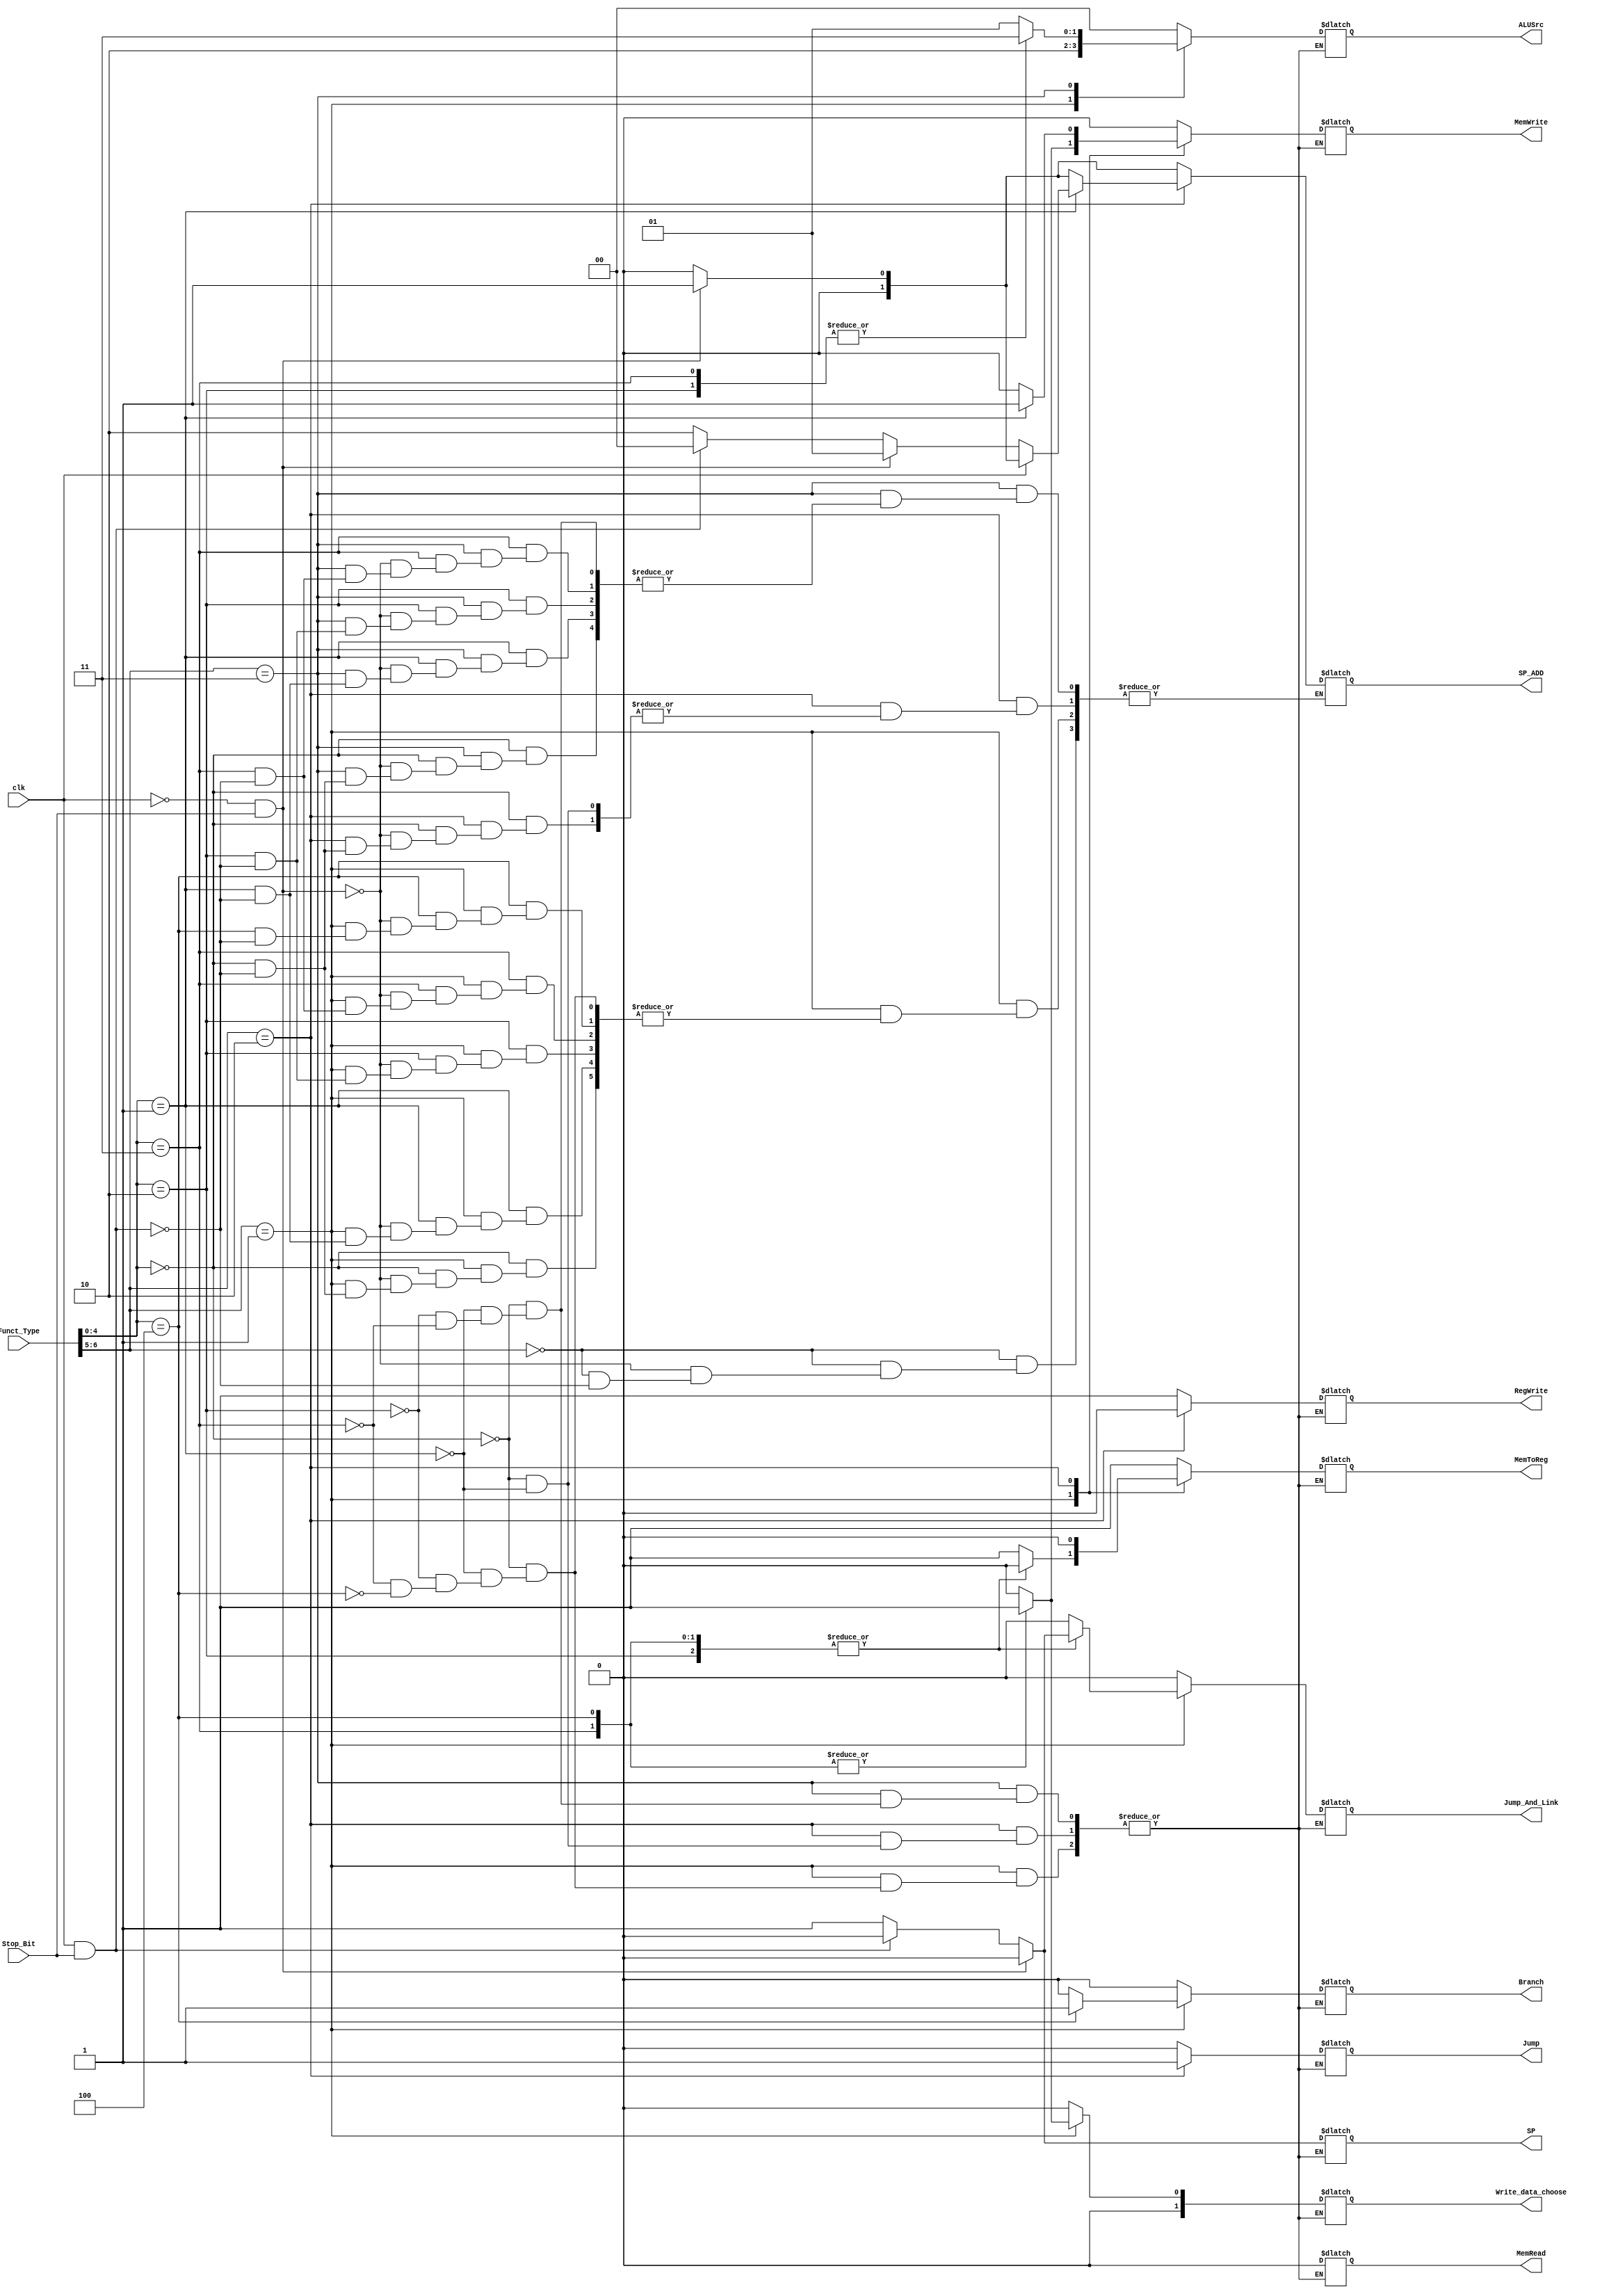
module Control_Unit_Top(clk,Stop_Bit,Funct_Type,Jump,Branch,MemRead,MemToReg,MemWrite,ALUSrc,RegWrite,Jump_And_Link,Write_data_choose,SP,SP_ADD);
    input clk;
    input Stop_Bit;
    input [6:0]Funct_Type;

    output Jump,Branch,MemRead,MemToReg,MemWrite,RegWrite,Jump_And_Link,SP;
    output [1:0]ALUSrc,SP_ADD,Write_data_choose;
    
	reg Jump,Branch,MemRead,MemToReg,MemWrite,RegWrite,Jump_And_Link,SP;	 
	reg [1:0]ALUSrc,SP_ADD,Write_data_choose;
	
	// Test
	reg controlSignals;

    wire [4:0] last_five_bits;
  	wire [1:0] instructionType;
	// Determine the instruction type based on opcode
	assign instructionType = Funct_Type[6:5];
	assign last_five_bits = Funct_Type[4:0];


  always @(*) begin
    case (instructionType)
      // R-Type Instructions
      2'b00: begin
        Jump = 1'b0;
        Branch = 1'b0;
        MemRead = 1'b0; // Don't care
        MemToReg = 1'b1;
        MemWrite = 1'b0; // Don't care
        ALUSrc = 2'b00;
        RegWrite = 1'b1;
        Jump_And_Link = 1'b0; // Don't care
        Write_data_choose = 2'b00; // Don't care
        SP = 1'b1;
        
		if ( clk && Stop_Bit==1) begin 
			Jump_And_Link = 1'b0;
			SP = 1'b0;
			SP_ADD = 2'b00; 
		end	
		if ( ~(clk) && Stop_Bit==1) begin 
			Jump_And_Link = 1'b0;
			SP = 1'b0;
			SP_ADD = 2'b01; 
		end
        
 	  
      end
      // J-Type Instructions
      2'b01: begin
        case (last_five_bits) 
			// ANDI  -> AND
	          5'b00000: begin 
	            Jump = 1'b0;
	            Branch = 1'b0;
	            MemRead = 1'b0; // Don't care
	            MemToReg = 1'b1; 
	            MemWrite = 1'b0; // Don't care
	            ALUSrc = 2'b10;
	            RegWrite = 1'b1;
	            Jump_And_Link = 1'b0; // Don't care
	            Write_data_choose = 2'b00; // Don't care
	            SP = 1'b1; // default till we have Stop_Bit	
				
				if ( clk && Stop_Bit==1) begin 
					Jump_And_Link = 1'b0;
					SP = 1'b0;
					SP_ADD = 2'b00; 
				end	
				if ( ~(clk) && Stop_Bit==1) begin 
					Jump_And_Link = 1'b0;
					SP = 1'b0;
					SP_ADD = 2'b01; 
				end
			  end	  
		  	// ADDI  -> ADD
	          5'b00001: begin 
			  	Jump = 1'b0;
	            Branch = 1'b0;
	            MemRead = 1'b0; // Don't care
	            MemToReg = 1'b1; 
	            MemWrite = 1'b0; // Don't care
	            ALUSrc = 2'b10;
	            RegWrite = 1'b1;
	            Jump_And_Link = 1'b0; // Don't care
	            Write_data_choose = 2'b00; // Don't care
	            SP = 1'b1; // default till we have Stop_Bit	 
				if ( clk && Stop_Bit==1) begin 
					Jump_And_Link = 1'b0;
					SP = 1'b0;
					SP_ADD = 2'b00; 
				end	
				if ( ~(clk) && Stop_Bit==1) begin 
					Jump_And_Link = 1'b0;
					SP = 1'b0;
					SP_ADD = 2'b01; 
				end
			  end
	          
			  
	          // LW    -> ADD
	          5'b00010: begin 
			  	Jump = 1'b0;
	            Branch = 1'b0;
	            MemRead = 1'b0; // Don't care
	            MemToReg = 1'b0; 
	            MemWrite = 1'b0; // Don't care
	            ALUSrc = 2'b10;
	            RegWrite = 1'b1;
	            Jump_And_Link = 1'b1;  
	            Write_data_choose = 2'b00; // Don't care
	            SP = 1'b1; // default till we have Stop_Bit
				if ( clk && Stop_Bit==1) begin 
					Jump_And_Link = 1'b0;
					SP = 1'b0;
					SP_ADD = 2'b00; 
				end	
				if ( ~(clk) && Stop_Bit==1) begin 
					Jump_And_Link = 1'b0;
					SP = 1'b0;
					SP_ADD = 2'b01; 
				end
			  end	
			   // SW    -> ADD
	          5'b00011: begin
			  	Jump = 1'b0;
	            Branch = 1'b0;
	            MemRead = 1'b0; 
	            MemToReg = 1'b0; 
	            MemWrite = 1'b1; 
	            ALUSrc = 2'b10;
	            RegWrite = 1'b1;
	            Jump_And_Link = 1'b1; 
	            Write_data_choose = 2'b01; // Don't care
	            SP = 1'b1; // default till we have Stop_Bit
				if ( clk && Stop_Bit==1) begin 
					Jump_And_Link = 1'b0;
					SP = 1'b0;
					SP_ADD = 2'b00; 
				end	
				if ( ~(clk) && Stop_Bit==1) begin 
					Jump_And_Link = 1'b0;
					SP = 1'b0;
					SP_ADD = 2'b01; 
				end
			  end	 
			  // BEQ   -> CMP & check zero flag
	          5'b00100: begin 
			  	Jump = 1'b0;
	            Branch = 1'b1;
	            MemRead = 1'b0;  
	            MemToReg = 1'b0; 
	            MemWrite = 1'b1; 
	            ALUSrc = 2'b10;
	            RegWrite = 1'b1;
	            Jump_And_Link = 1'b1;  
	            Write_data_choose = 2'b01;  
	            SP = 1'b1; // default till we have Stop_Bit
				if ( clk && Stop_Bit==1) begin 
					Jump_And_Link = 1'b0;
					SP = 1'b0;
					SP_ADD = 2'b00; 
				end	
				if ( ~(clk) && Stop_Bit==1) begin 
					Jump_And_Link = 1'b0;
					SP = 1'b0;
					SP_ADD = 2'b01; 
				end
			  end 
	          //default: Don't Care
	        endcase
      end
      // I-Type Instructions
      2'b10: begin
        case (last_five_bits)
			// J    
          5'b00000: 
		  		begin 
			  	Jump = 1'b1;
	            Branch = 1'b0;  // Don't Care
	            MemRead = 1'b0;  // Don't Care 
	            MemToReg = 1'b0; // Don't Care
	            MemWrite = 1'b0;   // Don't Care
	            ALUSrc = 2'b00;	  // Don't Care
	            RegWrite = 1'b0;  // Don't Care
	            Jump_And_Link = 1'b0;  // Don't Care 
	            Write_data_choose = 2'b00; // Don't Care
	            SP = 1'b1; // default till we have Stop_Bit
				if ( clk && Stop_Bit==1) begin 
					Jump_And_Link = 1'b0;
					SP = 1'b0;
					SP_ADD = 2'b00; 
				end	
				if ( ~(clk) && Stop_Bit==1) begin 
					Jump_And_Link = 1'b0;
					SP = 1'b0;
					SP_ADD = 2'b01; 
				end
			  	end
		  // Jal   
          5'b00001:
		  begin
			  
			  if(clk) begin 
			  	Jump = 1'b1;
	            Branch = 1'b0;  // Don't Care
	            MemRead = 1'b0;  
	            MemToReg = 1'b0; // Don't Care
	            MemWrite = 1'b1;  
	            ALUSrc = 2'b00;	  // Don't Care
	            RegWrite = 1'b0;  // Don't Care
	            Jump_And_Link = 1'b0;  
	            Write_data_choose = 2'b00;
	            SP = 1'b1;
				SP_ADD = 2'b00;
				if ( clk && Stop_Bit==1) begin 
					Jump_And_Link = 1'b0;
					SP = 1'b0;
					SP_ADD = 2'b00; 
				end	
				if ( ~(clk) && Stop_Bit==1) begin 
					Jump_And_Link = 1'b0;
					SP = 1'b0;
					SP_ADD = 2'b01; 
				end
			  end
				  
			  else begin 
				Jump = 1'b1;
	            Branch = 1'b0;  // Don't Care
	            MemRead = 1'b0;  
	            MemToReg = 1'b0; // Don't Care
	            MemWrite = 1'b1;  
	            ALUSrc = 2'b00;	  // Don't Care
	            RegWrite = 1'b0;  // Don't Care
	            Jump_And_Link = 1'b0;  
	            Write_data_choose = 2'b00;
	            SP = 1'b1;
				SP_ADD = 2'b10;
				if ( clk && Stop_Bit==1) begin 
					Jump_And_Link = 1'b0;
					SP = 1'b0;
					SP_ADD = 2'b00; 
				end	
				if ( ~(clk) && Stop_Bit==1) begin 
					Jump_And_Link = 1'b0;
					SP = 1'b0;
					SP_ADD = 2'b01; 
				end
			  end	  
			 			  
		  end
		  	
          default:  controlSignals = 3'b000;
        endcase
      end
      // S-Type Instructions
      2'b11: begin
        case (last_five_bits)
		  // SLL    
          5'b00000: 
		  begin  
		  		Jump = 1'b0;
	            Branch = 1'b0;
	            MemRead = 1'b0;  
	            MemToReg = 1'b1; 
	            MemWrite = 1'b0; 
	            ALUSrc = 2'b01;
	            RegWrite = 1'b1;
	            Jump_And_Link = 1'b0; // Don't care
	            Write_data_choose = 2'b00; // Don't care
	            SP = 1'b1; // default till we have Stop_Bit	
				if ( clk && Stop_Bit==1) begin 
					Jump_And_Link = 1'b0;
					SP = 1'b0;
					SP_ADD = 2'b00; 
				end	
				if ( ~(clk) && Stop_Bit==1) begin 
					Jump_And_Link = 1'b0;
					SP = 1'b0;
					SP_ADD = 2'b01; 
				end
		  end
		  
		  // SLR  -> Controls as SLL    
          5'b00001: 
		  begin 
			  	Jump = 1'b0;
	            Branch = 1'b0;
	            MemRead = 1'b0;  
	            MemToReg = 1'b1; 
	            MemWrite = 1'b0; 
	            ALUSrc = 2'b01;
	            RegWrite = 1'b1;
	            Jump_And_Link = 1'b0; // Don't care
	            Write_data_choose = 2'b00; // Don't care
	            SP = 1'b1; // default till we have Stop_Bit
				if ( clk && Stop_Bit==1) begin 
					Jump_And_Link = 1'b0;
					SP = 1'b0;
					SP_ADD = 2'b00; 
				end	
				if ( ~(clk) && Stop_Bit==1) begin 
					Jump_And_Link = 1'b0;
					SP = 1'b0;
					SP_ADD = 2'b01; 
				end
		  
		  end 
		  
		  // SLLV     
          5'b00010: 
		  begin 
		  		Jump = 1'b0;
	            Branch = 1'b0;
	            MemRead = 1'b0;  
	            MemToReg = 1'b1; 
	            MemWrite = 1'b0; 
	            ALUSrc = 2'b11;
	            RegWrite = 1'b1;
	            Jump_And_Link = 1'b0; // Don't care
	            Write_data_choose = 2'b00; // Don't care
	            SP = 1'b1; // default till we have Stop_Bit
				if ( clk && Stop_Bit==1) begin 
					Jump_And_Link = 1'b0;
					SP = 1'b0;
					SP_ADD = 2'b00; 
				end	
				if ( ~(clk) && Stop_Bit==1) begin 
					Jump_And_Link = 1'b0;
					SP = 1'b0;
					SP_ADD = 2'b01; 
				end
		  end 
		  
		  // SLRV  -> Controls as SLLV   
          5'b00011: 
		  begin 
		  		Jump = 1'b0;
	            Branch = 1'b0;
	            MemRead = 1'b0;  
	            MemToReg = 1'b1; 
	            MemWrite = 1'b0; 
	            ALUSrc = 2'b11;
	            RegWrite = 1'b1;
	            Jump_And_Link = 1'b0; // Don't care
	            Write_data_choose = 2'b00; // Don't care
	            SP = 1'b1; // default till we have Stop_Bit
				if ( clk && Stop_Bit==1) begin 
					Jump_And_Link = 1'b0;
					SP = 1'b0;
					SP_ADD = 2'b00; 
				end	
				if ( ~(clk) && Stop_Bit==1) begin 
					Jump_And_Link = 1'b0;
					SP = 1'b0;
					SP_ADD = 2'b01; 
				end
		  end 
		  
          
        endcase
      end
    endcase
  end

  //if Stop_Bit == 1 begin 

  //end


endmodule